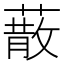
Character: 𦺻